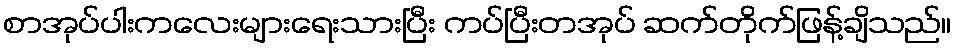
စာအုပ်ပါးကလေးများရေးသားပြီး ကပ်ပြီးတအုပ် ဆက်တိုက်ဖြန့်ချိသည်။